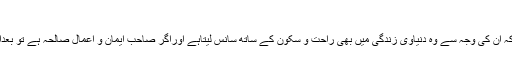
صبروقناعت میں دل کاسکون ہے
کچھ عادتیں اللہ تعالیٰ نے انسانوں کے اندرایسی رکھی ہیں کہ ان کی وجہ سے وہ دنیاوی زندگی میں بھی راحت و سکون کے ساتھ سانس لیتاہے اوراگر صاحبِ ایمان و اعمالِ صالحہ ہے تو بعدازمرگ بھی اس کے لئے راحت و سکون بھری زندگی ہے۔